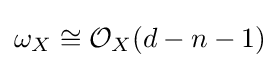
\omega _{X}\cong {\mathcal {O}}_{X}(d-n-1)